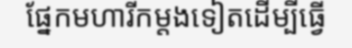
ផ្នែកមហារីកម្តងទៀតដើម្បីធ្វើ